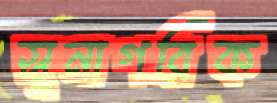
সুনাগরিক